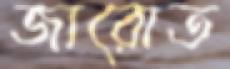
জারোত